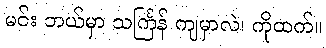
မင်း ဘယ်မှာ သင်္ကြန် ကျမှာလဲ၊ ကိုထက်။